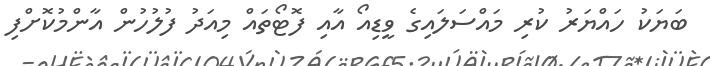
ބަޔަކު ހައްޔަރު ކުރި މައްސަލައިގެ ވީޑިއޯ އާއި ފޮޓޯތައް މިއަދު ފުލުހުން އާންމުކޮށްފި